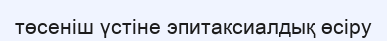
төсеніш үстіне эпитаксиалдық өсіру